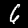
Digit: 6